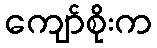
ကျော်စိုးက